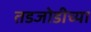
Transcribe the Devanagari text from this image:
तडजोडीच्या